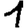
Digit: 1